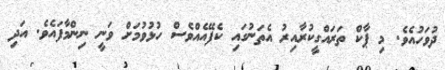
ދުވަހުއެވެ. މި ޕާކް ތަރައްގީކުރާއިރު އެތަނުގައި ކެފޭއެއްވެސް ހުޅުވުމަށް ވަނީ ނިންމާފައެވެ. އަދި